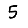
Digit: 5